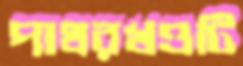
পাথরখণ্ডটি